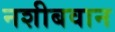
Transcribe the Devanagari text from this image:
नशीबवान